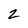
Character: 2